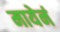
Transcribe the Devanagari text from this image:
मायेनं